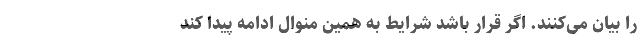
را بیان می‌کنند. اگر قرار باشد شرایط به همین منوال ادامه پیدا کند